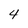
Character: 4